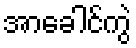
အာခေါင်ကွဲ